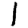
Digit: 1